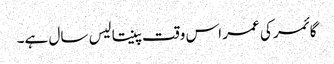
گائمر کی عمر اس وقت پینتالیس سال ہے۔